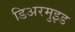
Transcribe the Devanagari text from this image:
डिअरमुइड